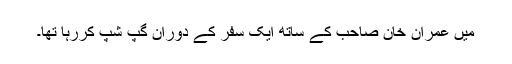
میں عمران خان صاحب کے ساتھ ایک سفر کے دوران گپ شپ کررہا تھا۔